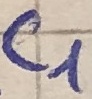
Text: C1